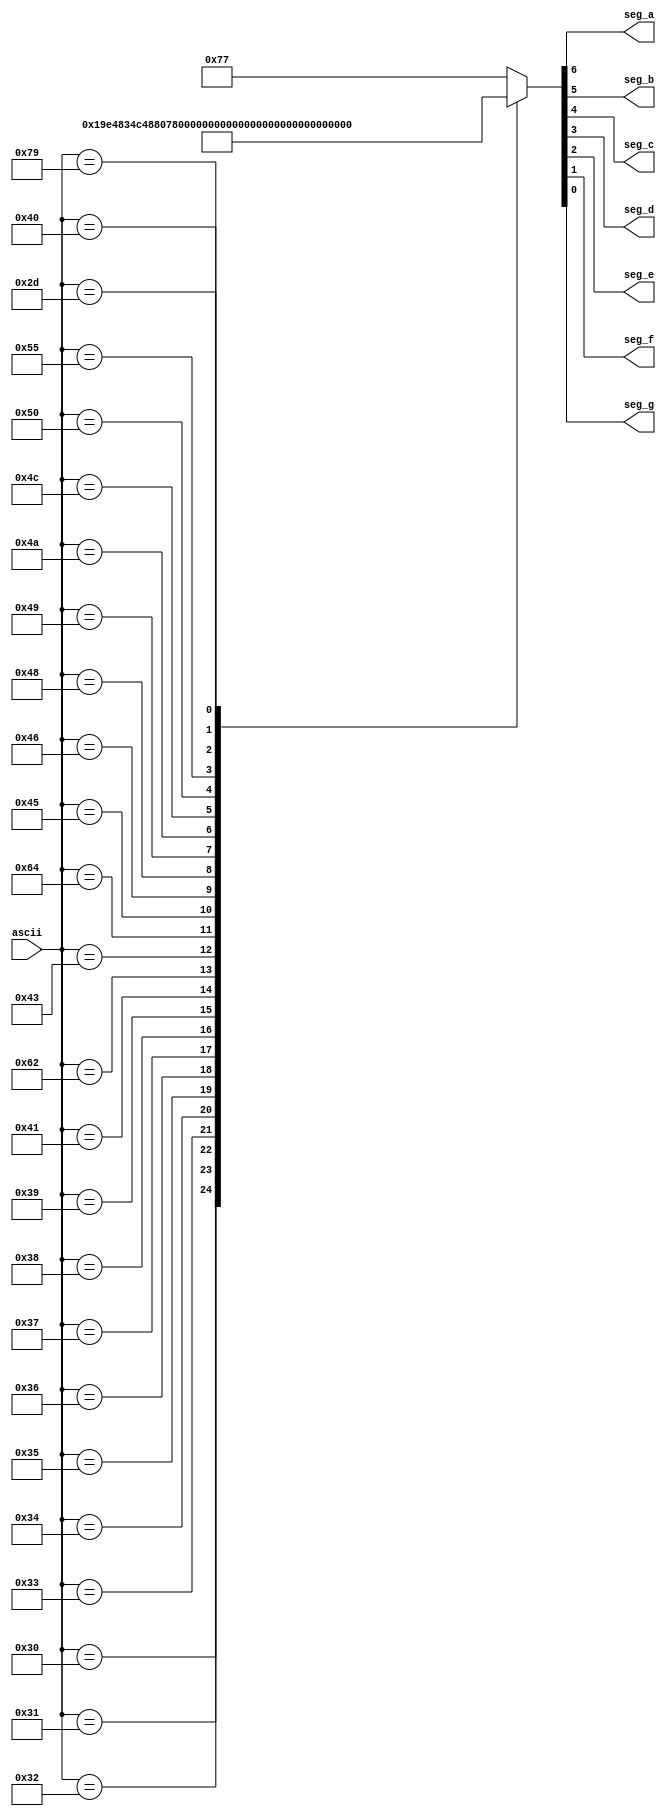
/* ITESO
Cuauhtemoc Aguilera
Decoder: ascii to 7 segment display*/

module ascii_2_7_seg (
input [7:0] ascii,
output seg_a,
output seg_b,
output seg_c,
output seg_d,
output seg_e,
output seg_f,
output seg_g);

reg [6:0] abcdefg;

always @(ascii)
begin
	case (ascii)
		8'd48:  abcdefg = 7'b0000001; //0
		8'd49:  abcdefg = 7'b1001111; //1
		8'd50:  abcdefg = 7'b0010010; //2
		8'd51:  abcdefg = 7'b0000110; //3
		8'd52:  abcdefg = 7'b1001100; //4
		8'd53:  abcdefg = 7'b0100100; //5
		8'd54:  abcdefg = 7'b0100000; //6
		8'd55:  abcdefg = 7'b0001111; //7
		8'd56:  abcdefg = 7'b0000000; //8
		8'd57:  abcdefg = 7'b0001100; //9
		8'd65:  abcdefg = 7'b0001000; //A
		8'd98:  abcdefg = 7'b1100000; //b
		8'd67:  abcdefg = 7'b0110001; //C
		8'd100: abcdefg = 7'b1000010; //d
		8'd69:  abcdefg = 7'b0110000; //E
		8'd70:  abcdefg = 7'b0111000; //F
		8'd72:  abcdefg = 7'b1001000; //H
		8'd73:  abcdefg = 7'b1111001; //I
		8'd74:  abcdefg = 7'b1000011; //J
		8'd76:  abcdefg = 7'b1110001; //L
		8'd80:  abcdefg = 7'b0011000; //P
		8'd85:  abcdefg = 7'b1000001; //U
		8'd121: abcdefg = 7'b1000100; //y
		8'd64:  abcdefg = 7'b0000010; //@
		8'd45:  abcdefg = 7'b1111110; //-
		
		
		default:abcdefg = 7'b1110111;
	endcase

end


assign {seg_a, seg_b, seg_c, seg_d, seg_e, seg_f, seg_g} = abcdefg;

endmodule